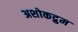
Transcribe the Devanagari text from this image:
अशोकद्रुम